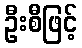
ဦးစီဖြင့်